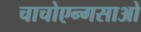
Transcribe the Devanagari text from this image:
चाचोएन्गसाओ